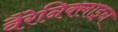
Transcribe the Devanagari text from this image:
वैरेनिक्लाइन